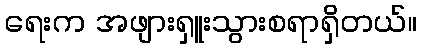
ရေးက အဖျားရှူးသွားစရာရှိတယ်။